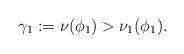
LaTeX: \begin{align*}\gamma_1:=\nu(\phi_1)>\nu_1(\phi_1).\end{align*}